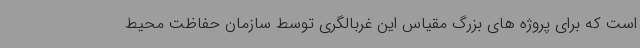
است که برای پروژه های بزرگ مقیاس این غربالگری توسط سازمان حفاظت محیط